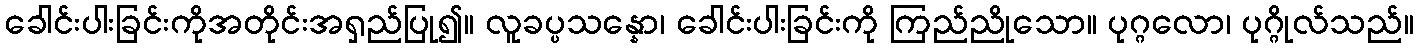
ခေါင်းပါးခြင်းကိုအတိုင်းအရှည်ပြု၍။ လူခပ္ပသန္နော၊ ခေါင်းပါးခြင်းကို ကြည်ညိုသော။ ပုဂ္ဂလော၊ ပုဂ္ဂိုလ်သည်။